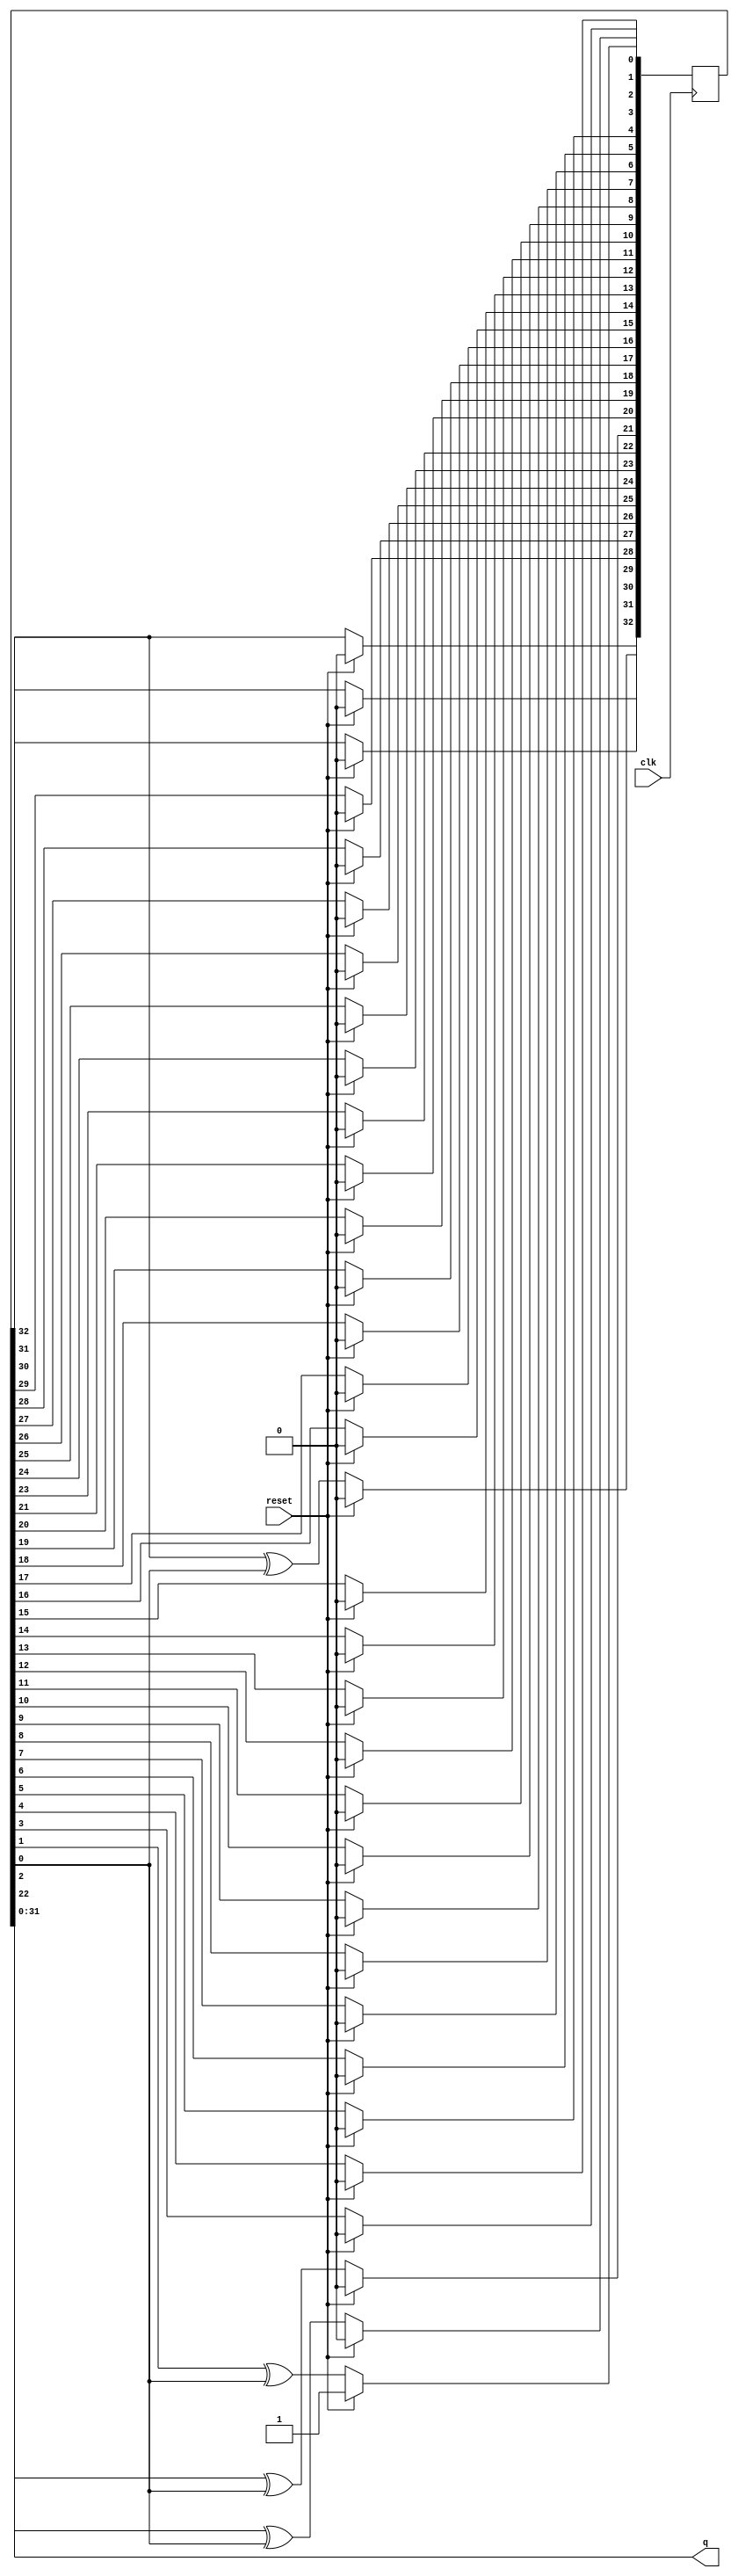
module top_module(
    input clk,
    input reset,    // Active-high synchronous reset to 32'h1
    output [31:0] q
); 
    reg [32:0] q1;
    initial begin
        q1[32]=1'b0;
    end
    assign q = q1[31:0];
    integer i;
    always @(posedge clk ) begin
        if (reset) begin
            q1<=32'h1;
        end
        else begin
            for(i=0;i<32;i=i+1)
            begin
                if (i==31|i==21|i==1|i==0) begin
                    q1[i]<=q1[i+1]^q1[0];
                end
                else begin
                    q1[i]<=q1[i+1];
                end
            end
        end
    end
endmodule